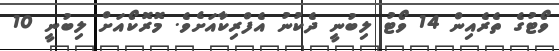
ވޯޓުގެ ތެރެއިން 14 ވޯޓު ލިބުނީ ދެކުނު އެފްރިކާއަށެވެ. މޮރޮކޯއަށް ލިބުނީ 10